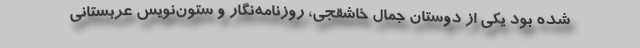
شده بود یکی از دوستان جمال خاشقجی،‌ روزنامه‌نگار و ستون‌نویس عربستانی